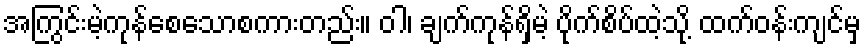
အကြွင်းမဲ့ကုန်စေသောစကားတည်း။ ဝါ၊ ချက်ကုန်ရှိမဲ့ ပိုက်စိပ်ထဲ့သို့ ထက်ဝန်းကျင်မှ